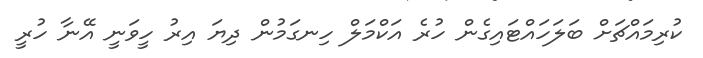
ކުރިމައްޗަށް ބަލަހައްޓައިގެން ހުރެ އަކްމަލް ހިނގަމުން ދިޔަ އިރު ހީވަނީ އޭނާ ހުރީ